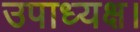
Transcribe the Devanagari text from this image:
उपाध्यक्ष।